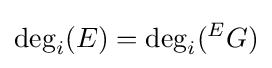
\deg _{i}(E)=\deg _{i}({}^{E}G)